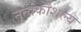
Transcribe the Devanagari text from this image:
नृत्यकौशल्य